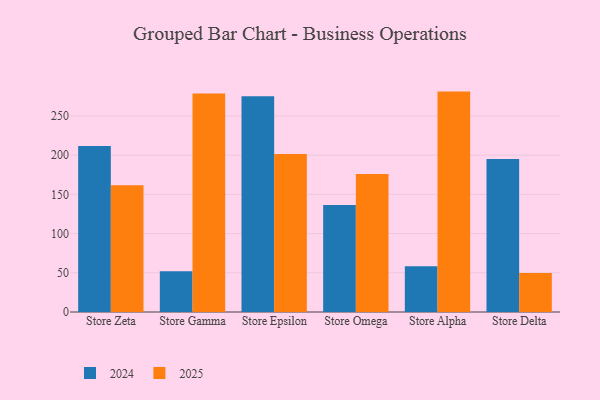
{"axis": {"x": "Store", "y": "Market Share (%)"}, "legend": ["2024", "2025"], "data": [{"x": "Store Zeta", "y": 161.5, "type": "2025"}, {"x": "Store Zeta", "y": 211.6, "type": "2024"}, {"x": "Store Gamma", "y": 278.6, "type": "2025"}, {"x": "Store Gamma", "y": 51.9, "type": "2024"}, {"x": "Store Epsilon", "y": 201.5, "type": "2025"}, {"x": "Store Epsilon", "y": 275.1, "type": "2024"}, {"x": "Store Omega", "y": 175.8, "type": "2025"}, {"x": "Store Omega", "y": 136.3, "type": "2024"}, {"x": "Store Alpha", "y": 281.0, "type": "2025"}, {"x": "Store Alpha", "y": 58.3, "type": "2024"}, {"x": "Store Delta", "y": 49.7, "type": "2025"}, {"x": "Store Delta", "y": 195.0, "type": "2024"}]}